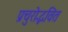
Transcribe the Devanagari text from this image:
प्रचुरोद्भवित